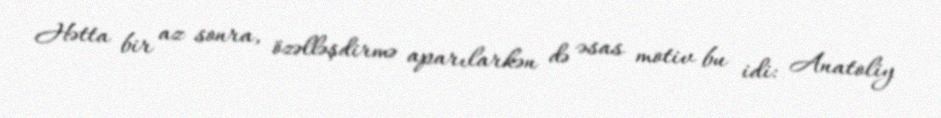
Hətta bir az sonra, özəlləşdirmə aparılarkən də əsas motiv bu idi: Anatoliy